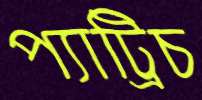
প্যাট্রিচ